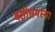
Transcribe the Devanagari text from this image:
बड़ीसमस्या